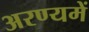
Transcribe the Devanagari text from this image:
अरण्यमें